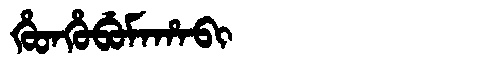
Manchu: ᡥᡠᡨᡥᡠᠪᡠᠮᠠᡥᠠᠪᡳ
Romanization: HUTHUBUMAHABI